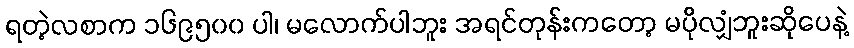
ရတဲ့လစာက ၁၆၉၅၀၀ ပါ၊ မလောက်ပါဘူး အရင်တုန်းကတော့ မပိုလျှံဘူးဆိုပေနဲ့